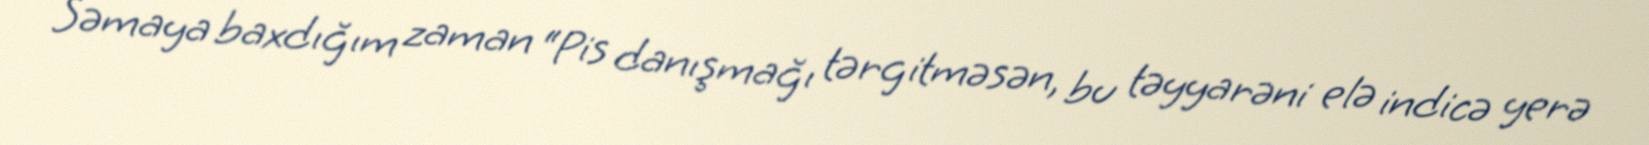
Səmaya baxdığım zaman “Pis danışmağı tərgitməsən, bu təyyarəni elə indicə yerə